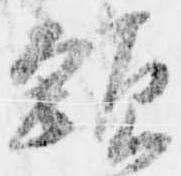
頸